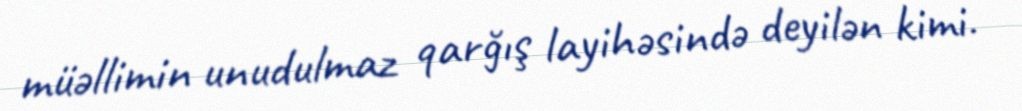
müəllimin unudulmaz qarğış layihəsində deyilən kimi.